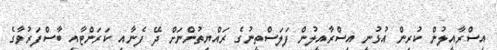
އިސްރާއީލުން ކުރިން އުޅުނީ އިސްރާއީލުން ފަލަސްތީނުގެ ރައްޔިތުންނަށް ދޭ ފެނާއި ކަރަންޓާއި ބާސްފަރުވާގެ